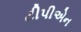
ટીપીએન